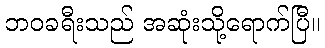
ဘဝခရီးသည် အဆုံးသို့ရောက်ပြီ။